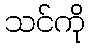
သင်ကို